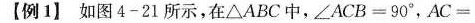
【例1】如图4-21所示，在△ABC中，$$∠ A C B = 9 0 °$$，$$A C =